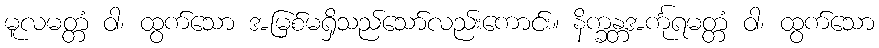
မူလမတ္တံ ဝါ၊ ထွက်သော အမြစ်မရှိသည်သော်လည်းကောင်း။ နိက္ခန္တအင်္ကုရမတ္တံ ဝါ၊ ထွက်သော